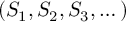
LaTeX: ( S _ { 1 } , S _ { 2 } , S _ { 3 } , \dots )